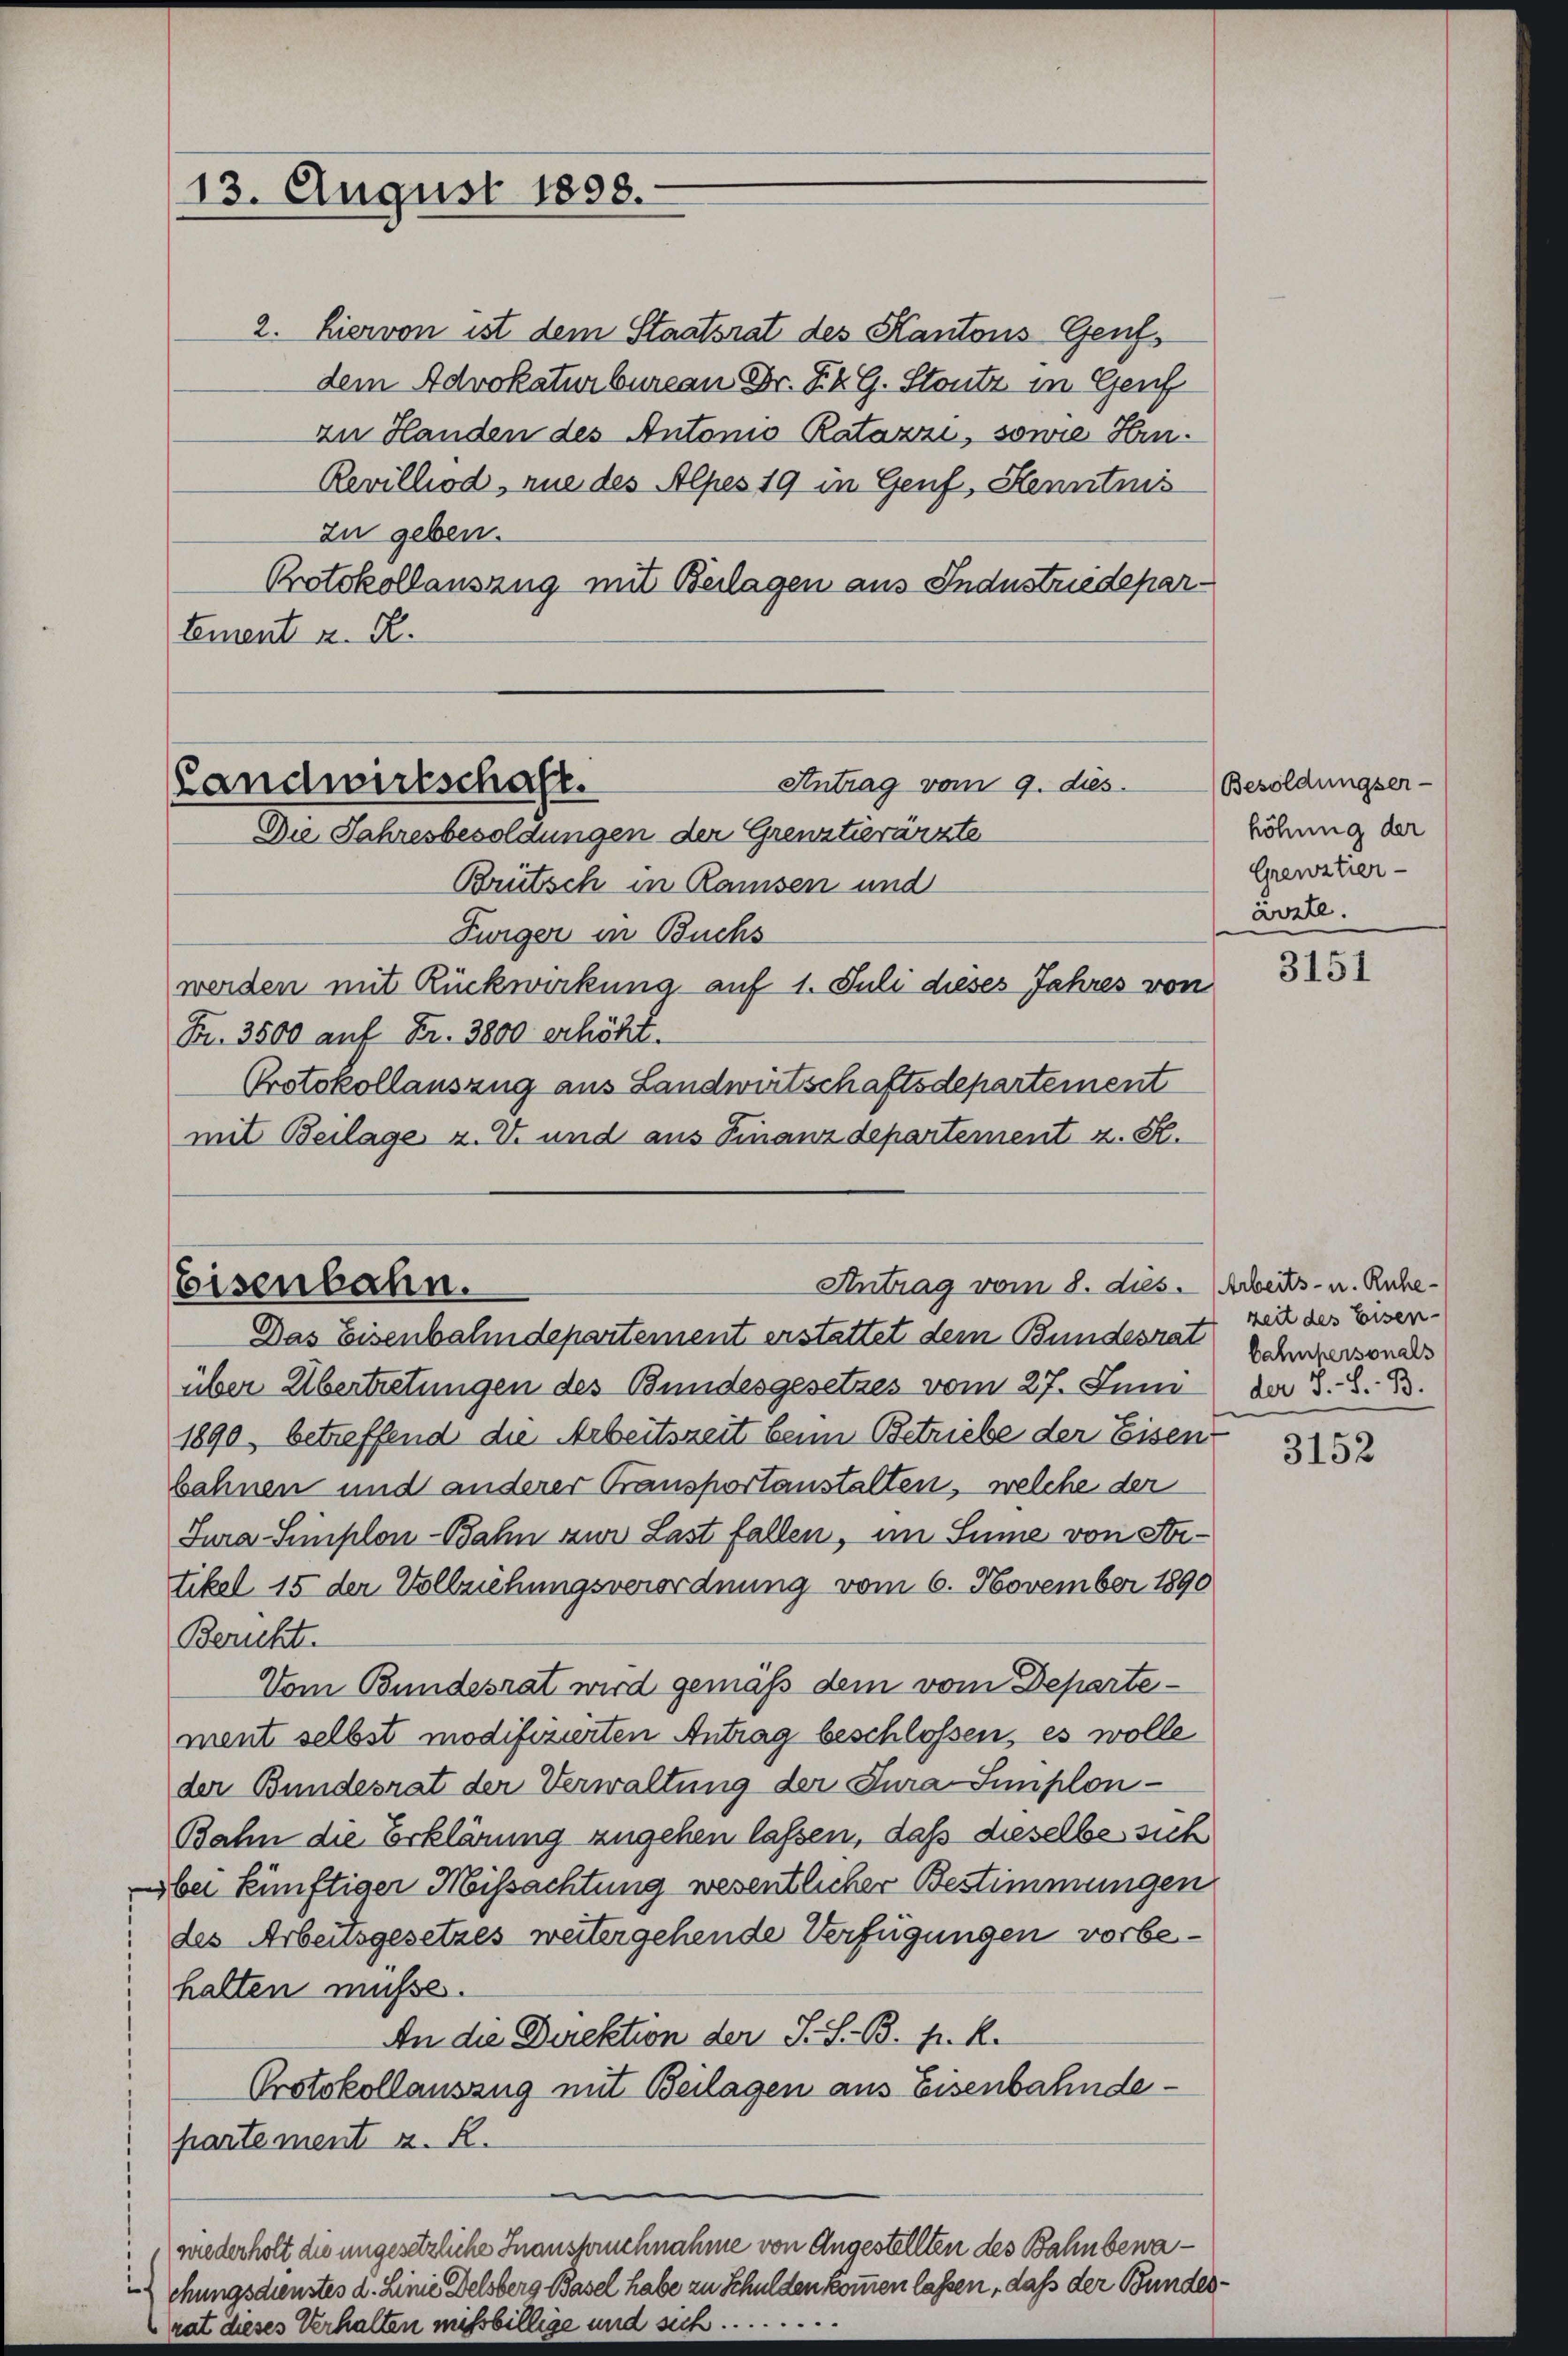
13. August 1898.

Brütsch in Ramsen und
Furger in Buchs
werden mit Rückwirkung auf 1. Juli dieses Jahres von
Fr. 3500 auf Fr. 3800 erhöht.
Protokollauszug aus Landwirtschaftsdepartement
mit Beilage u. V. und aus Finanzdepartement z. St.

Antrag vom 9. dies
(Landwirtschaft.
Die Jahresbesoldungen der Grenzstierärzte

Antrag vom 8. dies.
Eisenbahn.

2. Hiervon ist dem Staatsrat des Kantons Genfdem Advokaturbureau Dr. K. G. Stontz in Genf
zu Handen des Antonio Ratazzi, sowie Hrn.
Revilliod, nie des Alpes 19 in Genf, Kenntnis
zu geben.
Protokollauszug mit Beilagen aus Industriedepartement z. B.

Besoldungser-
höhung der
Grenztier-
ärzte.

Das Eisenbahndepartement erstattet dem Bundesrat
über Übertretungen des Bundesgesetzes vom 27. Juni der S. S. Bd.
1890, betreffend die Arbeitszeit beim Betriebe der Eisen
bahnen und anderer Transportanstalten, welche der
Jura-Simplon-Bahn zur Last fallen, im Sinne von Statikel 15 der Vollziehungsverordnung vom 6. November 1890
Bericht.
Vom Bundesrat wird gemäß dem vom Departement selbst modifizierten Antrag beschlossen, es wolle
der Bundesrat der Verwaltung der Jura Simplon-
Bahn die Erklärung zugehen lassen, daß dieselbe sich
bei künftiger Missachtung wesentlicher Bestimmungen
des Arbeitsgesetzes weitergehende Verfügungen vorbehatten müsse.
An die Direktion der S. S. B. P. R.
Protokollauszug mit Beilagen aus Eisenbahndehartement a. R.
wiederholt die ungesetzliche Inanspruchnahme von Angestellten des Bahn bewachungsdienstes d. Linie Delsberg Basel habe zu Schulden kommen lassen, daß der Bundesrat dieses Verhalten mißbillige und sich.......

3151

Arbeits- u. Ruhe
zeit des Eisen-
bahnpersonals

3152